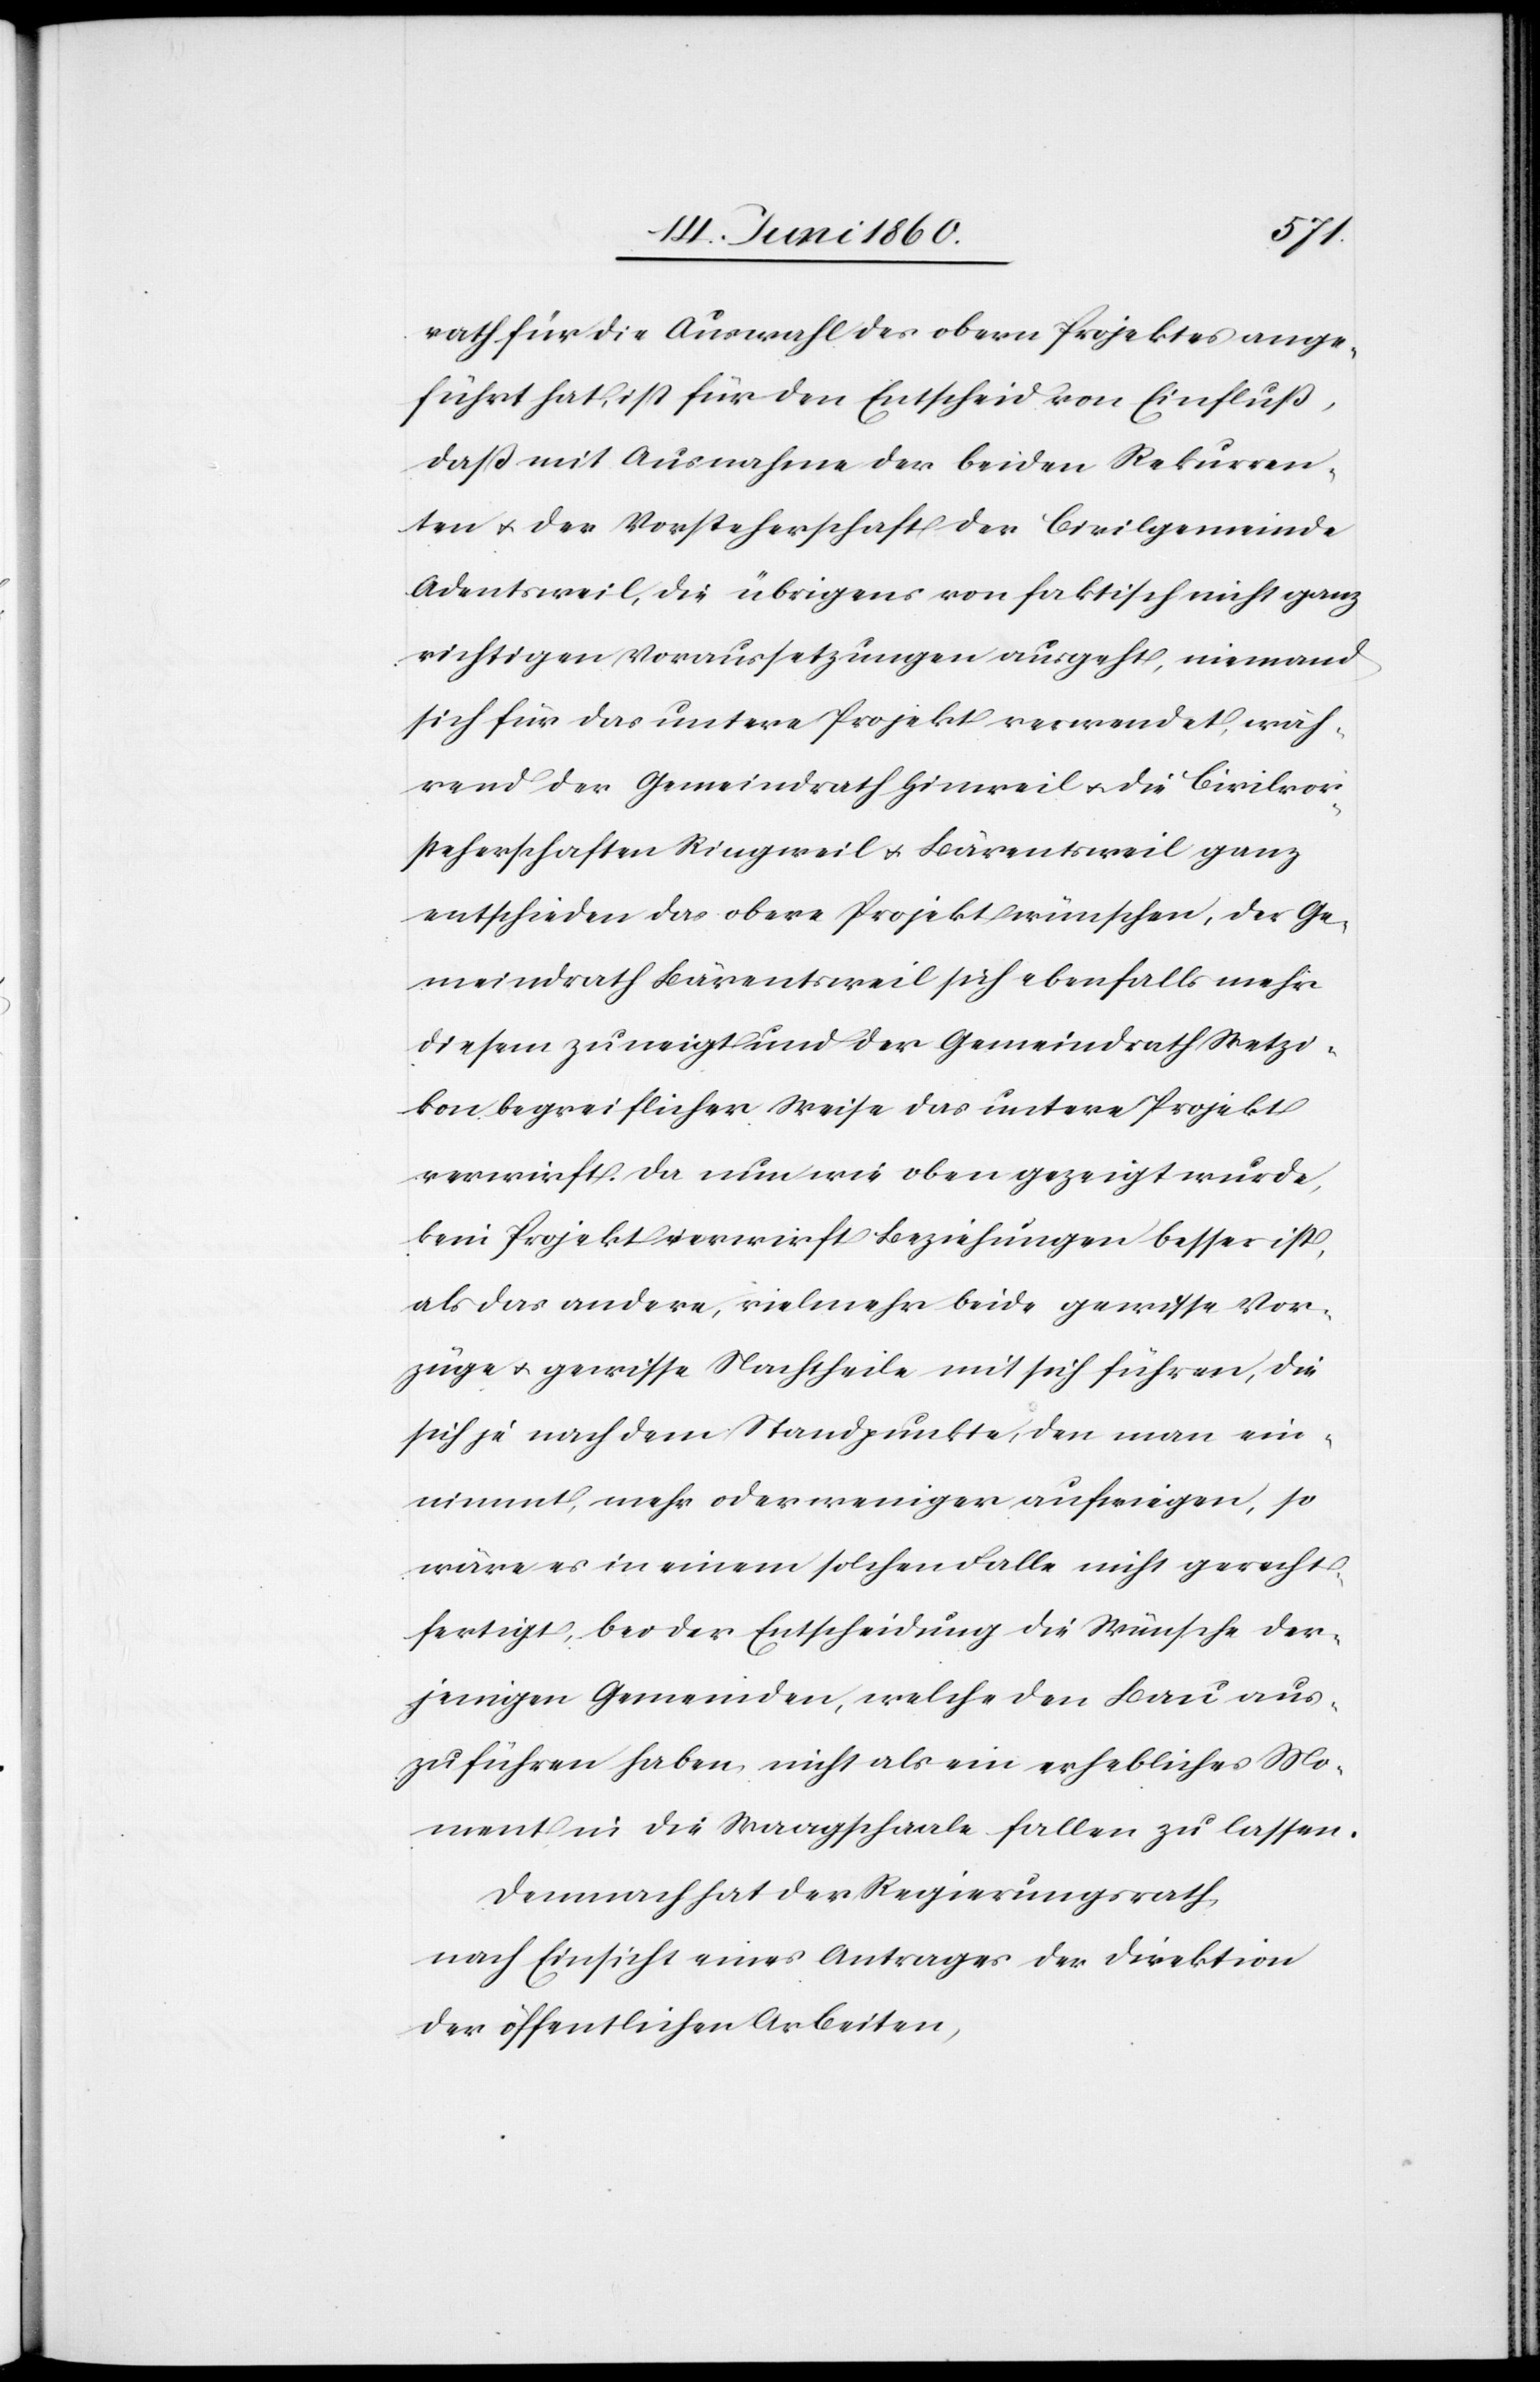
rath für die Auswahl des obern Projektes ange¬
fühlt hat, ist für den Entscheid von Einfluss,
dass mit Ausnahme der beiden Rekurren¬
ten u. der Vorsteherschaft der Civilgemeinde
Adentsweil, die übrigens von faktisch nicht ganz
richtigen Voraussetzungen ausgeht, niemand
sich für das unter Projekt verwendet, wäh¬
rend der Gemeindrath Hinweil u. die Civilvor¬
steherschaften Ringweil u. Bärentsweil ganz
entschieden das obere Projekt wünschen, der Ge¬
meindrath Bärentsweil sich ebenfalls mehr
diesem zuneigt und der Gemeindrath Wetzi¬
kon begreiflicher Weise das untere Projekt
verwirft. Da nun wie oben gezeigt wurde,
kein Projekt verwirft Beziehungen besser ist,
als das andere, vielmehr beide gewisse Vor¬
züge u. gewisse Nachtheile mit sich führen, die
sich je nach dem Standpunkte, den man ein¬
nimmt, mehr oder weniger aufwiegen, so
wäre es in einem solchen Falle nicht gerecht¬
fertigt, bei der Entscheidung die Wünsche der¬
jenigen Gemeinden, welche den Bau aus¬
zuführen haben, nicht als ein erhebliches Mo¬
ment in die Waagschaale fallen zu lassen.
Demnach hat der Regierungsrath,
nach Einsicht eines Antrages der Direktion
der öffentlichen Arbeiten,